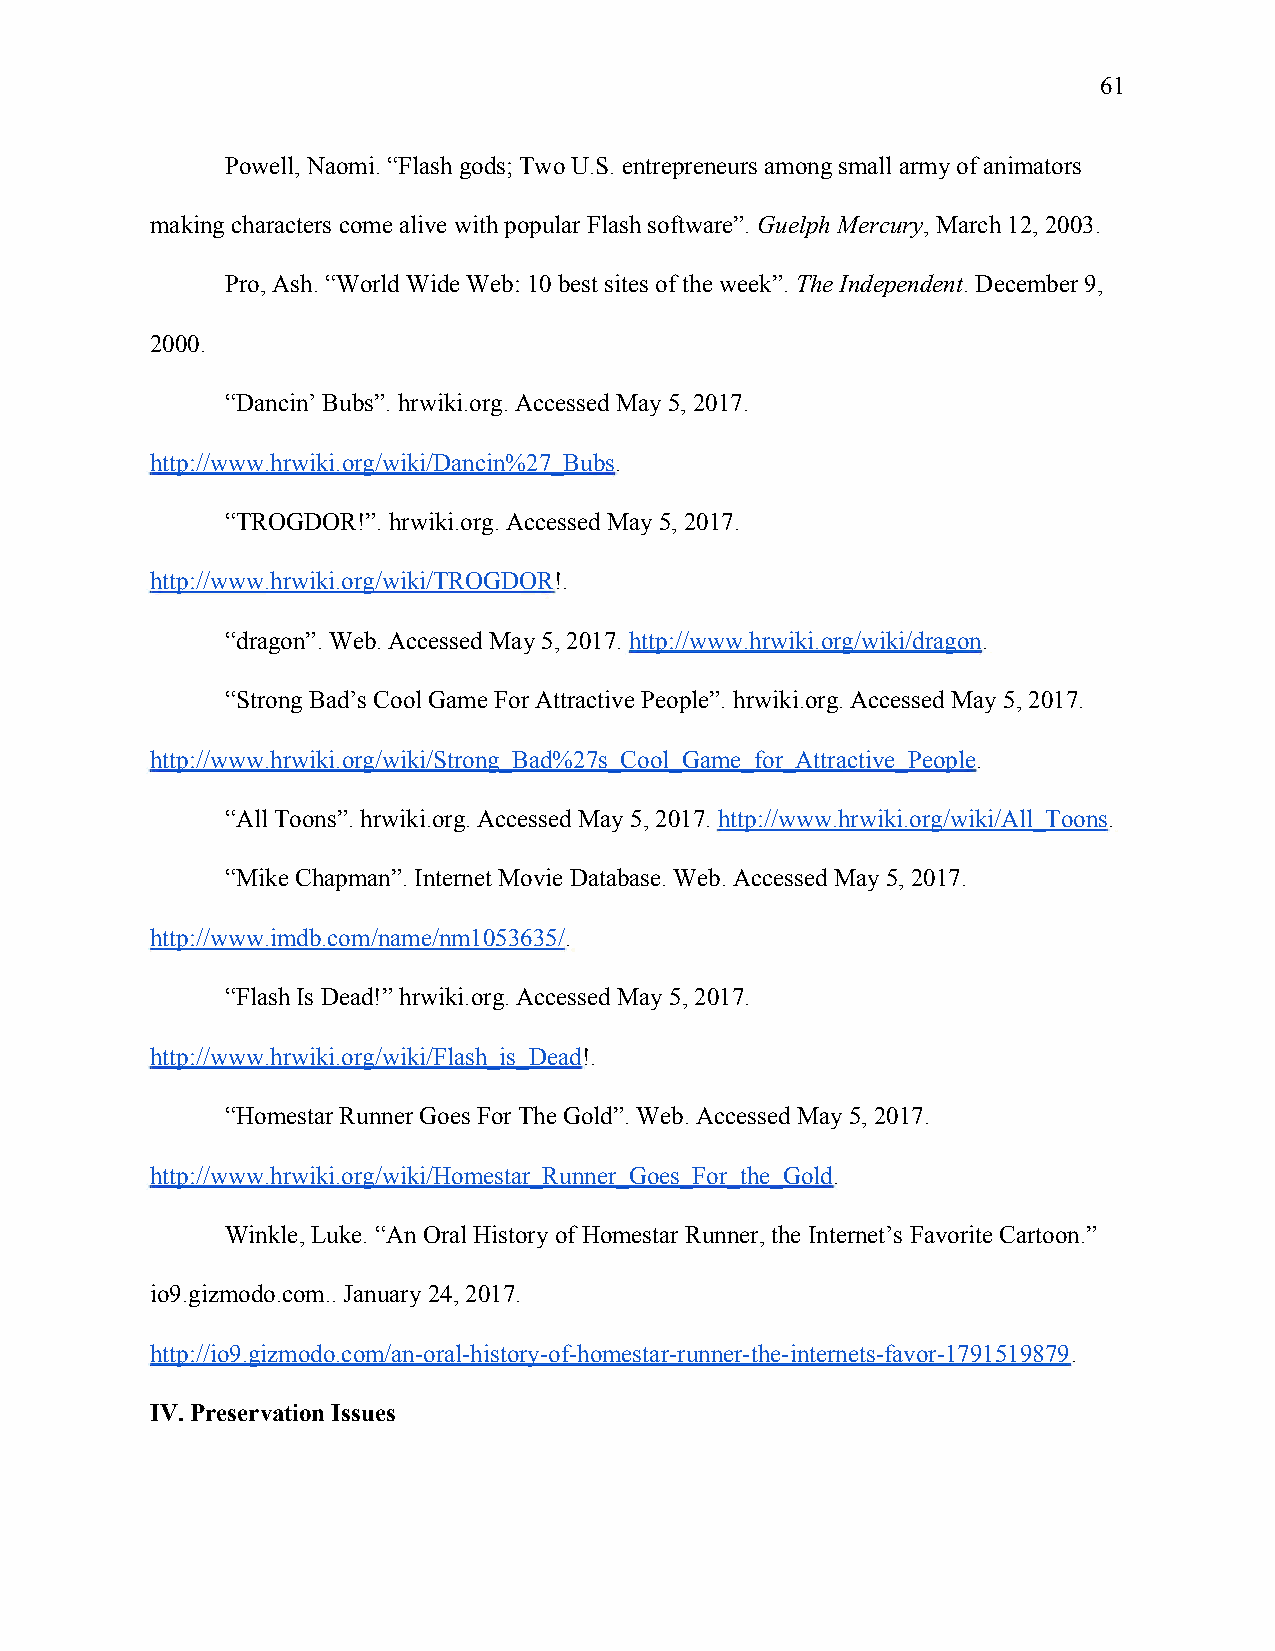
61
 Powell, Naomi. “Flash gods; Two U.S. entrepreneurs among small army of animators
 making characters come alive with popular Flash software”. Guelph Mercury, March 12, 2003.
 ​          ​
 Pro, Ash. “World Wide Web: 10 best sites of the week”. The Independent. December 9,
 ​         ​
 2000.
 “Dancin’ Bubs”. hrwiki.org. Accessed May 5, 2017.
 http://www.hrwiki.org/wiki/Dancin%27_Bubs.
 ​
 “TROGDOR!”. hrwiki.org. Accessed May 5, 2017.
 http://www.hrwiki.org/wiki/TROGDOR!.
 ​
 “dragon”. Web. Accessed May 5, 2017. http://www.hrwiki.org/wiki/dragon.
 ​                      ​
 “Strong Bad’s Cool Game For Attractive People”. hrwiki.org. Accessed May 5, 2017.
 http://www.hrwiki.org/wiki/Strong_Bad%27s_Cool_Game_for_Attractive_People.
 ​
 “All Toons”. hrwiki.org. Accessed May 5, 2017. http://www.hrwiki.org/wiki/All_Toons.
 ​                        ​
 “Mike Chapman”. Internet Movie Database. Web. Accessed May 5, 2017.
 http://www.imdb.com/name/nm1053635/.
 ​
 “Flash Is Dead!” hrwiki.org. Accessed May 5, 2017.
 http://www.hrwiki.org/wiki/Flash_is_Dead!.
 ​
 “Homestar Runner Goes For The Gold”. Web. Accessed May 5, 2017.
 http://www.hrwiki.org/wiki/Homestar_Runner_Goes_For_the_Gold.
 ​
 Winkle, Luke. “An Oral History of Homestar Runner, the Internet’s Favorite Cartoon.”
 io9.gizmodo.com.. January 24, 2017.
 http://io9.gizmodo.com/an-oral-history-of-homestar-runner-the-internets-favor-1791519879.
 ​
 IV. Preservation Issues